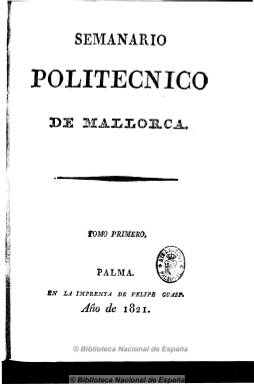
Título: Semanario politécnico de Mallorca
Colección: Periódicos anteriores a 1850
Ámbito geográfico: Baleares
Lugar de publicación: Palma
Fechas: 25/02/1821-07/09/1821

Comenzó a publicarse el 25 de febrero de 1821, estampado en la Imprenta de Felipe Guasp, en números de entre 14 y 20 páginas, despareciendo a finales de agosto de ese año. Su redactor es Miguel Victorica, que durante este periodo es diputado en Cortes por Baleares y que ya había sido colaborador de Aurora patriótica mallorquina (1813). Su tendencia es liberal moderada, afín a los “anilleros” de Francisco Martínez de la Rosa. Sus contenidos son extensos artículos doctrinales sobre ciencias políticas, jurídicas y eclesiásticas y sobre otros asuntos de agricultura, comercio, historia, educación, matrimonio, etc., de espíritu ilustrado, y su vinculación con la constitución política y el buen gobierno, entre los que aparecen un par de opúsculos inéditos de Gaspar de Jovellanos.